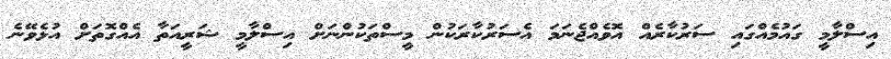
އިސްލާމީ ގައުމެއްގައި ސަރުކާރެއް އޮވެއްޖެނަމަ އެސަރުކާރަކުން މީސްތަކުންނަށް އިސްލާމީ ޝަރީއަތާ އެއްގޮތަށް އުޅެވޭނެ